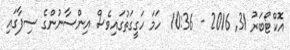
އޮކްޓޯބަރު 31